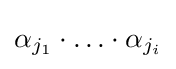
\alpha _{j_{1}}\cdot \ldots \cdot \alpha _{j_{i}}